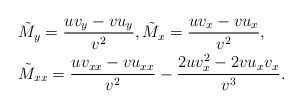
\begin{align*}&\tilde{M}_y=\frac{uv_y-vu_y}{v^2}, \tilde{M}_x=\frac{uv_x-vu_x}{v^2},\\&\tilde{M}_{xx}=\frac{uv_{xx}-vu_{xx}}{v^2}-\frac{2uv_x^2-2vu_xv_x}{v^3}.\end{align*}